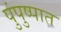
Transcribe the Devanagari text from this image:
पुंपुष्पात